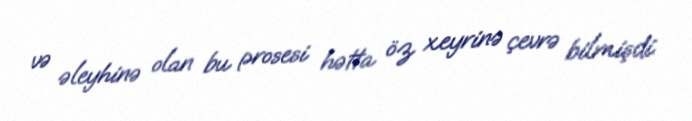
və əleyhinə olan bu prosesi hətta öz xeyrinə çevrə bilmişdi.